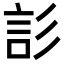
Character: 䚲